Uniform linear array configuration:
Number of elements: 64
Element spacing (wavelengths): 0.75
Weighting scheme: exponential
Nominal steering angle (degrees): -15
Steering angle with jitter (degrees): -15.579
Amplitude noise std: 0.05
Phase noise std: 0.05

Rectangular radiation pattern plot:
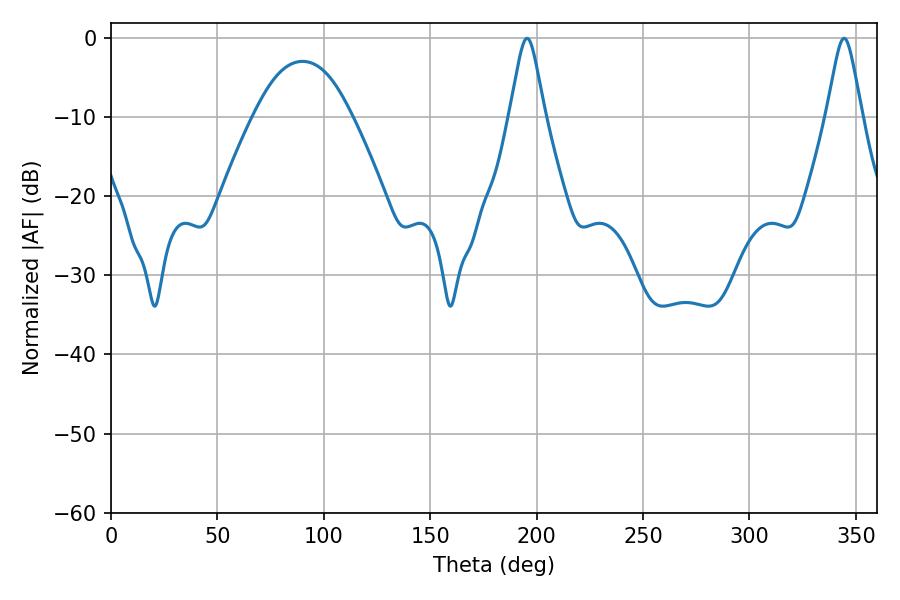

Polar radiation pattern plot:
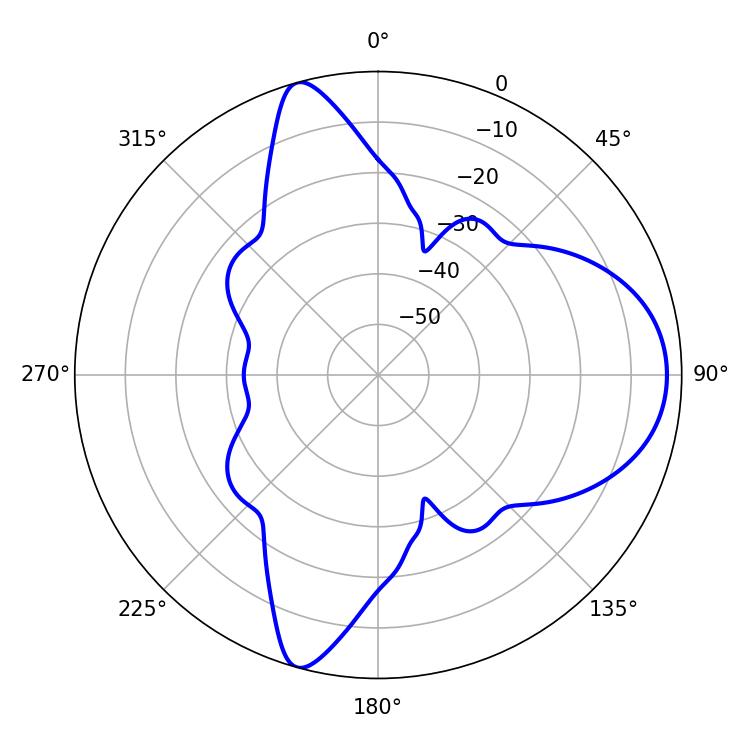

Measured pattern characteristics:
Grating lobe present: TRUE
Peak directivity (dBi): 10.035
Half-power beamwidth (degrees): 7.92
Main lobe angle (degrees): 344.52